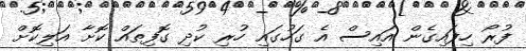
ފުރޯ ހިފައިގެން އައިސް އެ ގަހުގައި ހުރި ކުދި ގޮފިތައް ކޮށާ އަލިކޮށް